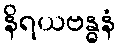
နိရယဗန္ဓနံ